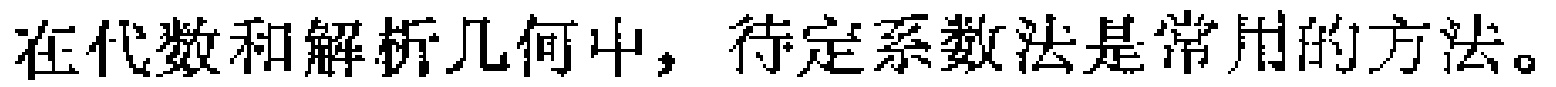
在代数和解析几何中，待定系数法是常用的方法。